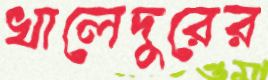
খালেদুরের